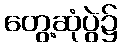
တွေ့ဆုံပွဲ၌